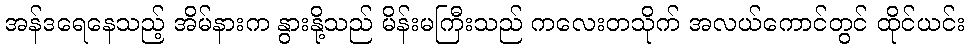
အန်ဒရေနေသည့် အိမ်နားက နွားနို့သည် မိန်းမကြီးသည် ကလေးတသိုက် အလယ်ကောင်တွင် ထိုင်ယင်း